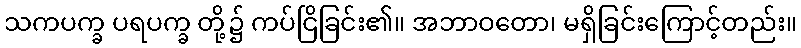
သကပက္ခ ပရပက္ခ တို့၌ ကပ်ငြိခြင်း၏။ အဘာဝတော၊ မရှိခြင်းကြောင့်တည်း။